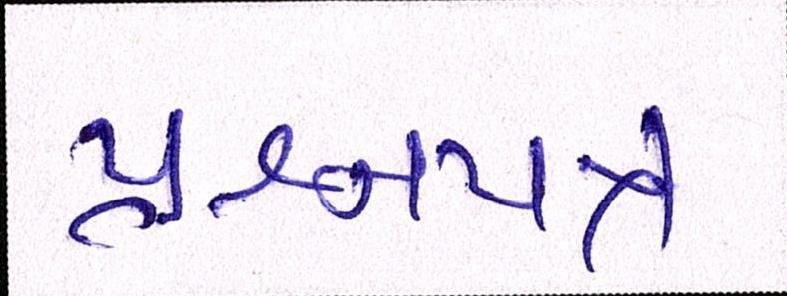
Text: પ્રશ્નપત્ર